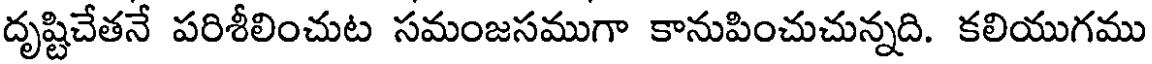
దృష్టిచేతనే పరిశీలించుట సమంజసముగా కానుపించుచున్నది. కలియుగము